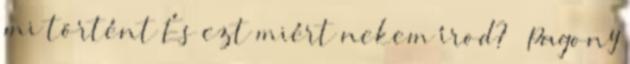
mi történt És ezt miért nekem írod? – Pagony